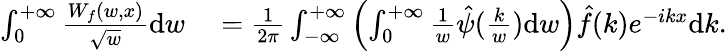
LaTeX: \begin{array}{rl}{\int_{0}^{+\infty}\frac{W_{f}(w,x)}{\sqrt{w}}\mathrm{d}w}&{{}=\frac{1}{2\pi}\int_{-\infty}^{+\infty}\left(\int_{0}^{+\infty}\frac{1}{w}\hat{\psi}(\frac{k}{w})\mathrm{d}w\right)\hat{f}(k)e^{-ikx}\mathrm{d}k.}\end{array}